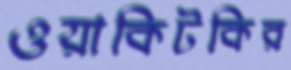
ওয়াকিটকির